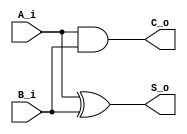
module half_adder(
    input   A_i,
    input   B_i,
    output  S_o,
    output  C_o
);

    assign S_o = A_i ^ B_i;
    assign C_o = A_i & B_i;

endmodule